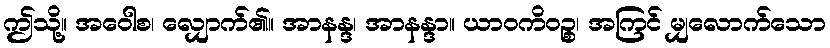
ဤသို့။ အဝေါစ၊ လျှောက်၏။ အာနန္ဒ၊ အာနန္ဒာ။ ယာဝကိဝဉ္စ၊ အကြင် မျှလောက်သော